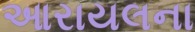
આરાયલના